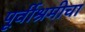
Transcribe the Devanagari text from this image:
पूर्वीश्रमीचा